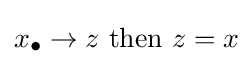
x_{\bullet }\to z{\text{ then }}z=x